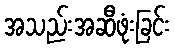
အသည်းအဆီဖုံးခြင်း